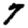
Digit: 7